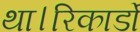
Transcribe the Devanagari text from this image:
था।रिकार्डो